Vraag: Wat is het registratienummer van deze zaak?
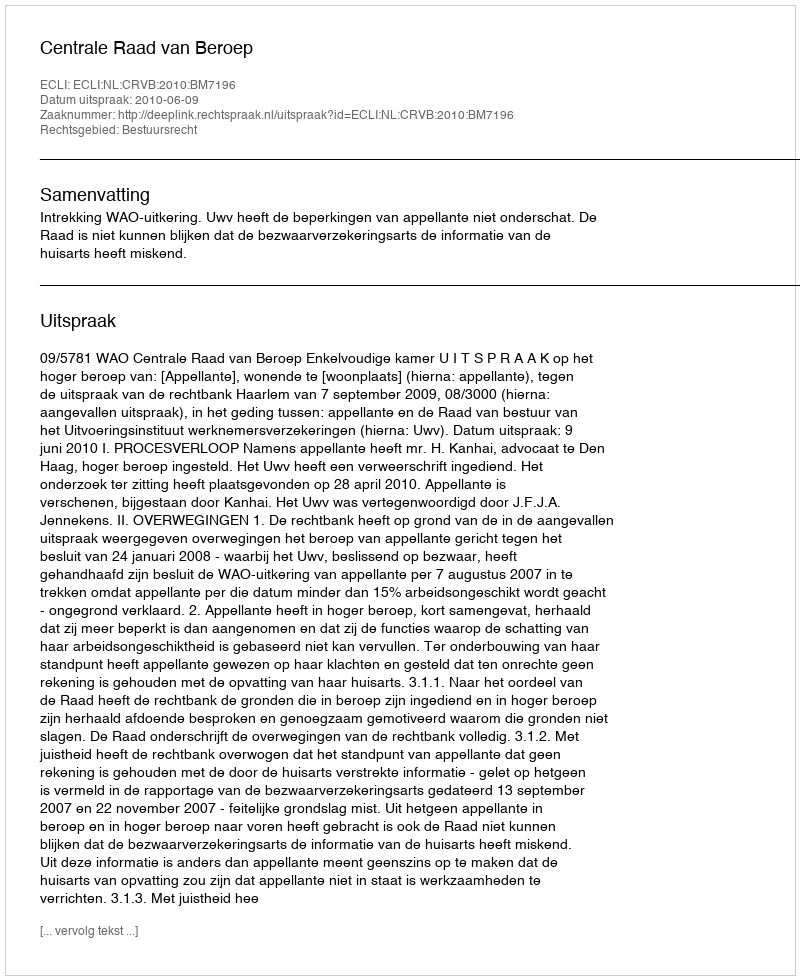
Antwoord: http://deeplink.rechtspraak.nl/uitspraak?id=ECLI:NL:CRVB:2010:BM7196